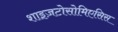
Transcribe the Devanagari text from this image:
शाइज़टोसोमिएसिस